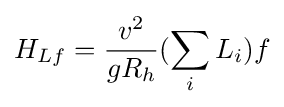
H_{Lf}={v^{2} \over gR_{h}}(\sum _{i}L_{i})f